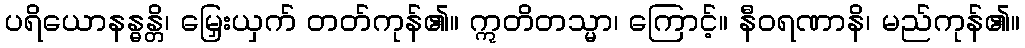
ပရိယောနန္ဓန္တိ၊ မြှေးယှက် တတ်ကုန်၏။ ဣတိတသ္မာ၊ ကြောင့်။ နီဝရဏာနိ၊ မည်ကုန်၏။